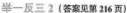
举一反三2 (答案见第216页)